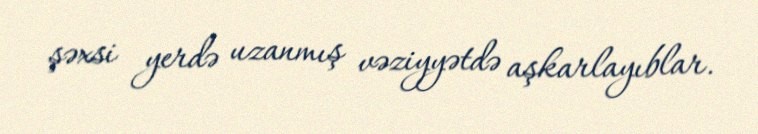
şəxsi yerdə uzanmış vəziyyətdə aşkarlayıblar.